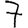
Digit: 7